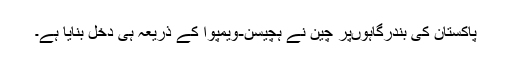
پاکستان کی بندرگاہوںپر چین نے ہچیسن-ویمپوآ کے ذریعہ ہی دخل بنایا ہے۔